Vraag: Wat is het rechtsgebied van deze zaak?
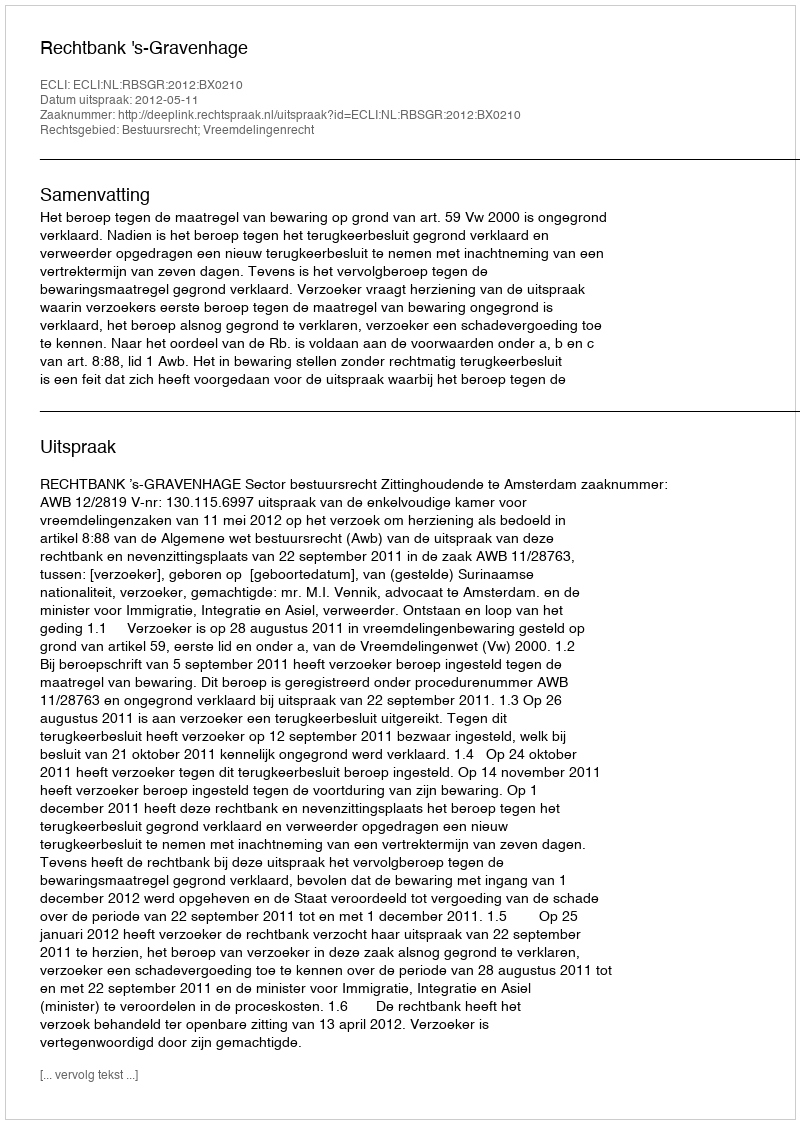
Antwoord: Bestuursrecht; Vreemdelingenrecht